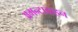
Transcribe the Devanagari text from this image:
अमन्टाडाइन